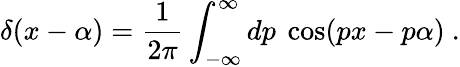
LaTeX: \delta(x-\alpha)={\frac{1}{2\pi}}\int_{-\infty}^{\infty}dp\ \cos(px-p\alpha)\ .